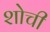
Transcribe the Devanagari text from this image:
शोची